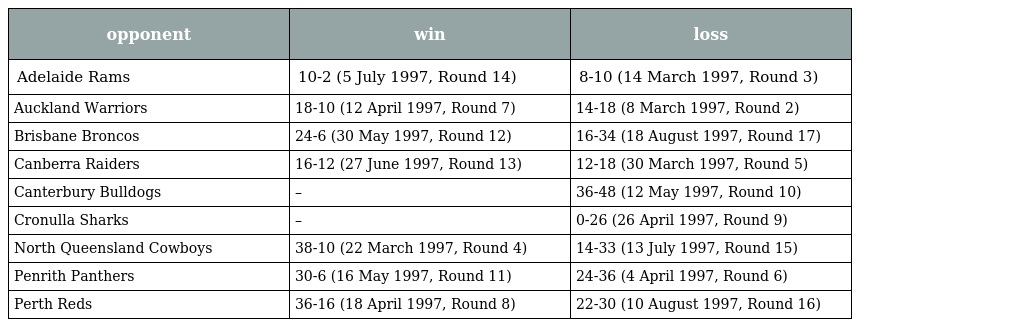
| opponent | win | loss |
 | --- | --- | --- |
 | Adelaide Rams | 10-2 (5 July 1997, Round 14) | 8-10 (14 March 1997, Round 3) |
 | Auckland Warriors | 18-10 (12 April 1997, Round 7) | 14-18 (8 March 1997, Round 2) |
 | Brisbane Broncos | 24-6 (30 May 1997, Round 12) | 16-34 (18 August 1997, Round 17) |
 | Canberra Raiders | 16-12 (27 June 1997, Round 13) | 12-18 (30 March 1997, Round 5) |
 | Canterbury Bulldogs | – | 36-48 (12 May 1997, Round 10) |
 | Cronulla Sharks | – | 0-26 (26 April 1997, Round 9) |
 | North Queensland Cowboys | 38-10 (22 March 1997, Round 4) | 14-33 (13 July 1997, Round 15) |
 | Penrith Panthers | 30-6 (16 May 1997, Round 11) | 24-36 (4 April 1997, Round 6) |
 | Perth Reds | 36-16 (18 April 1997, Round 8) | 22-30 (10 August 1997, Round 16) |